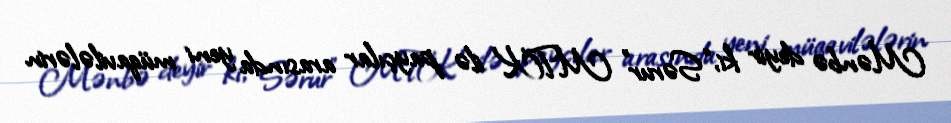
Mənbə deyir ki, “Sərur” MTK ilə payçılar arasında yeni müqavilələrin